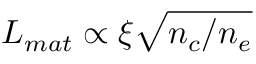
L _ { m a t } \propto \xi \sqrt { n _ { c } / n _ { e } }